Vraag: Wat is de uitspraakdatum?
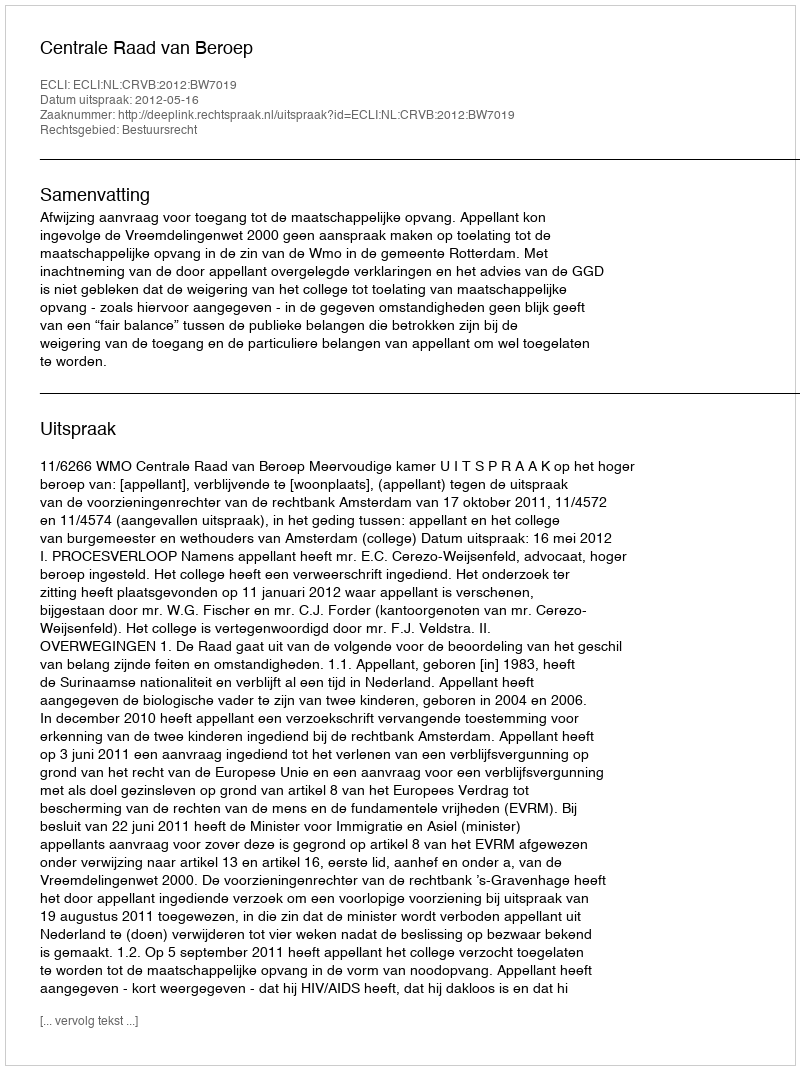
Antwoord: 2012-05-16